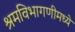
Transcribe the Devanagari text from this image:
श्रमविभागणीमध्ये